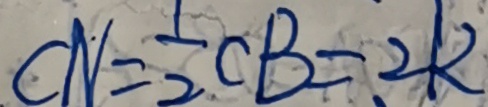
C N = \frac { 1 } { 2 } C B = 2 k